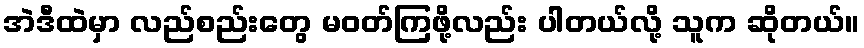
အဲဒီထဲမှာ လည်စည်းတွေ မဝတ်ကြဖို့လည်း ပါတယ်လို့ သူက ဆိုတယ်။